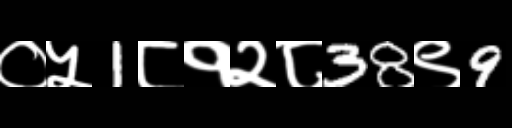
Text: ०५1८१२८38९9